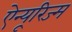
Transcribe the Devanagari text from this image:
ऐन्यूरिज्म